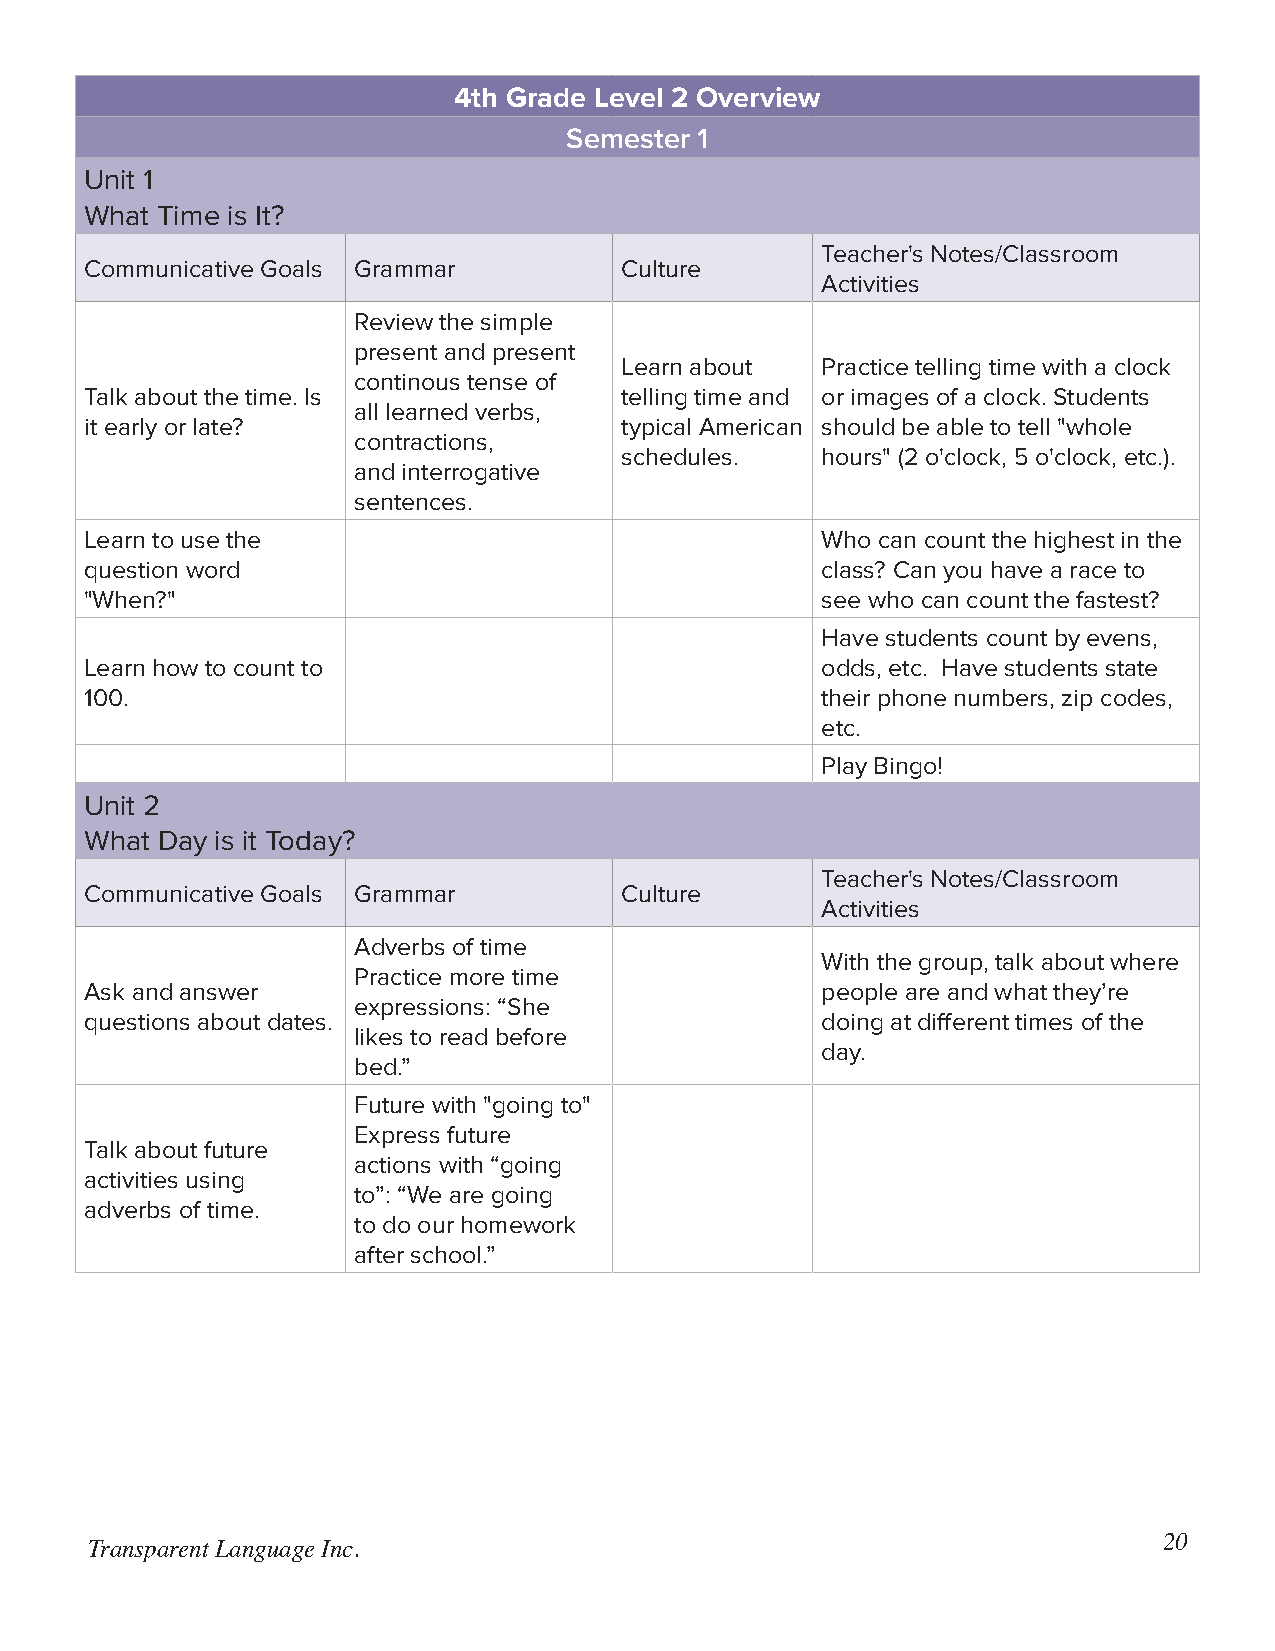
4th Grade Level 2 Overview
 Semester 1
 Unit 1
 What Time is It?
 Teacher's Notes/Classroom
 Communicative Goals Grammar        Culture
 Activities
 Review the simple
 present and present
 Learn about  Practice telling time with a clock
 continous tense of
 Talk about the time. Is            telling time and or images of a clock. Students
 all learned verbs,
 it early or late?                  typical American should be able to tell "whole
 contractions,
 schedules.   hours" (2 o'clock, 5 o'clock, etc.).
 and interrogative
 sentences.
 Learn to use the                                Who can count the highest in the
 question word                                   class? Can you have a race to
 "When?"                                         see who can count the fastest?
 Have students count by evens,
 Learn how to count to                           odds, etc. Have students state
 100.                                            their phone numbers, zip codes,
 etc.
 Play Bingo!
 Unit 2
 What Day is it Today?
 Teacher's Notes/Classroom
 Communicative Goals Grammar        Culture
 Activities
 Adverbs of time
 With the group, talk about where
 Practice more time
 Ask and answer                                  people are and what they’re
 expressions: “She
 questions about dates.                          doing at different times of the
 likes to read before
 day.
 bed.”
 Future with "going to"
 Express future
 Talk about future
 actions with “going
 activities using
 to”: “We are going
 adverbs of time.
 to do our homework
 after school.”
 20
 Transparent Language Inc.